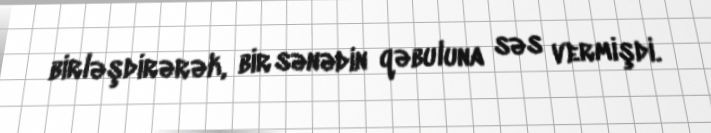
birləşdirərək, bir sənədin qəbuluna səs vermişdi.